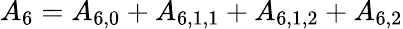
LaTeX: {A_{6}}={A_{6,0}}+{A_{6,1,1}}+{A_{6,1,2}}+{A_{6,2}}